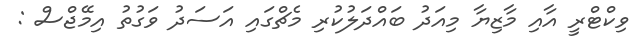
ވިކްޓްރީ އާއި މާޒިޔާ މިއަދު ބައްދަލުކުރި މެޗްގައި އަސަދު ވަގުތު އިމޭޖްސް :